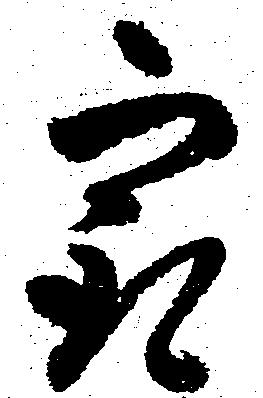
最